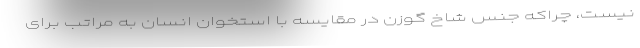
نیست، چراکه جنس شاخ گوزن در مقایسه با استخوان انسان به مراتب برای